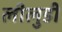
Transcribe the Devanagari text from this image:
लीलुडी